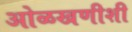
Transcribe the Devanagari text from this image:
ओळखणीशी